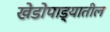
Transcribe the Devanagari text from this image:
खेडोपाड्यातील